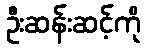
ဦးဆန်းဆင့်ကို